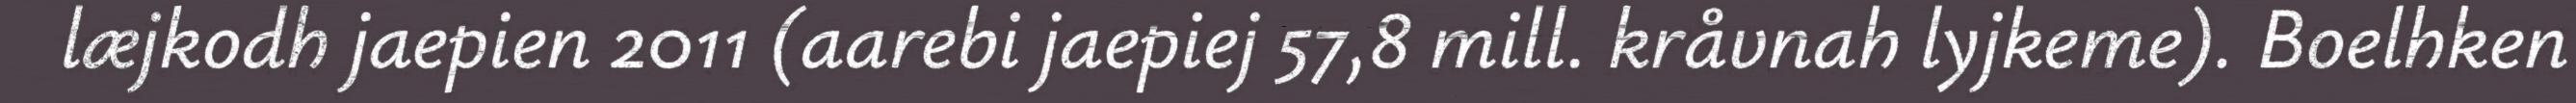
læjkodh jaepien 2011 (aarebi jaepiej 57,8 mill. kråvnah lyjkeme). Boelhken